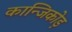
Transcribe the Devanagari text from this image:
कान्जिकोड़